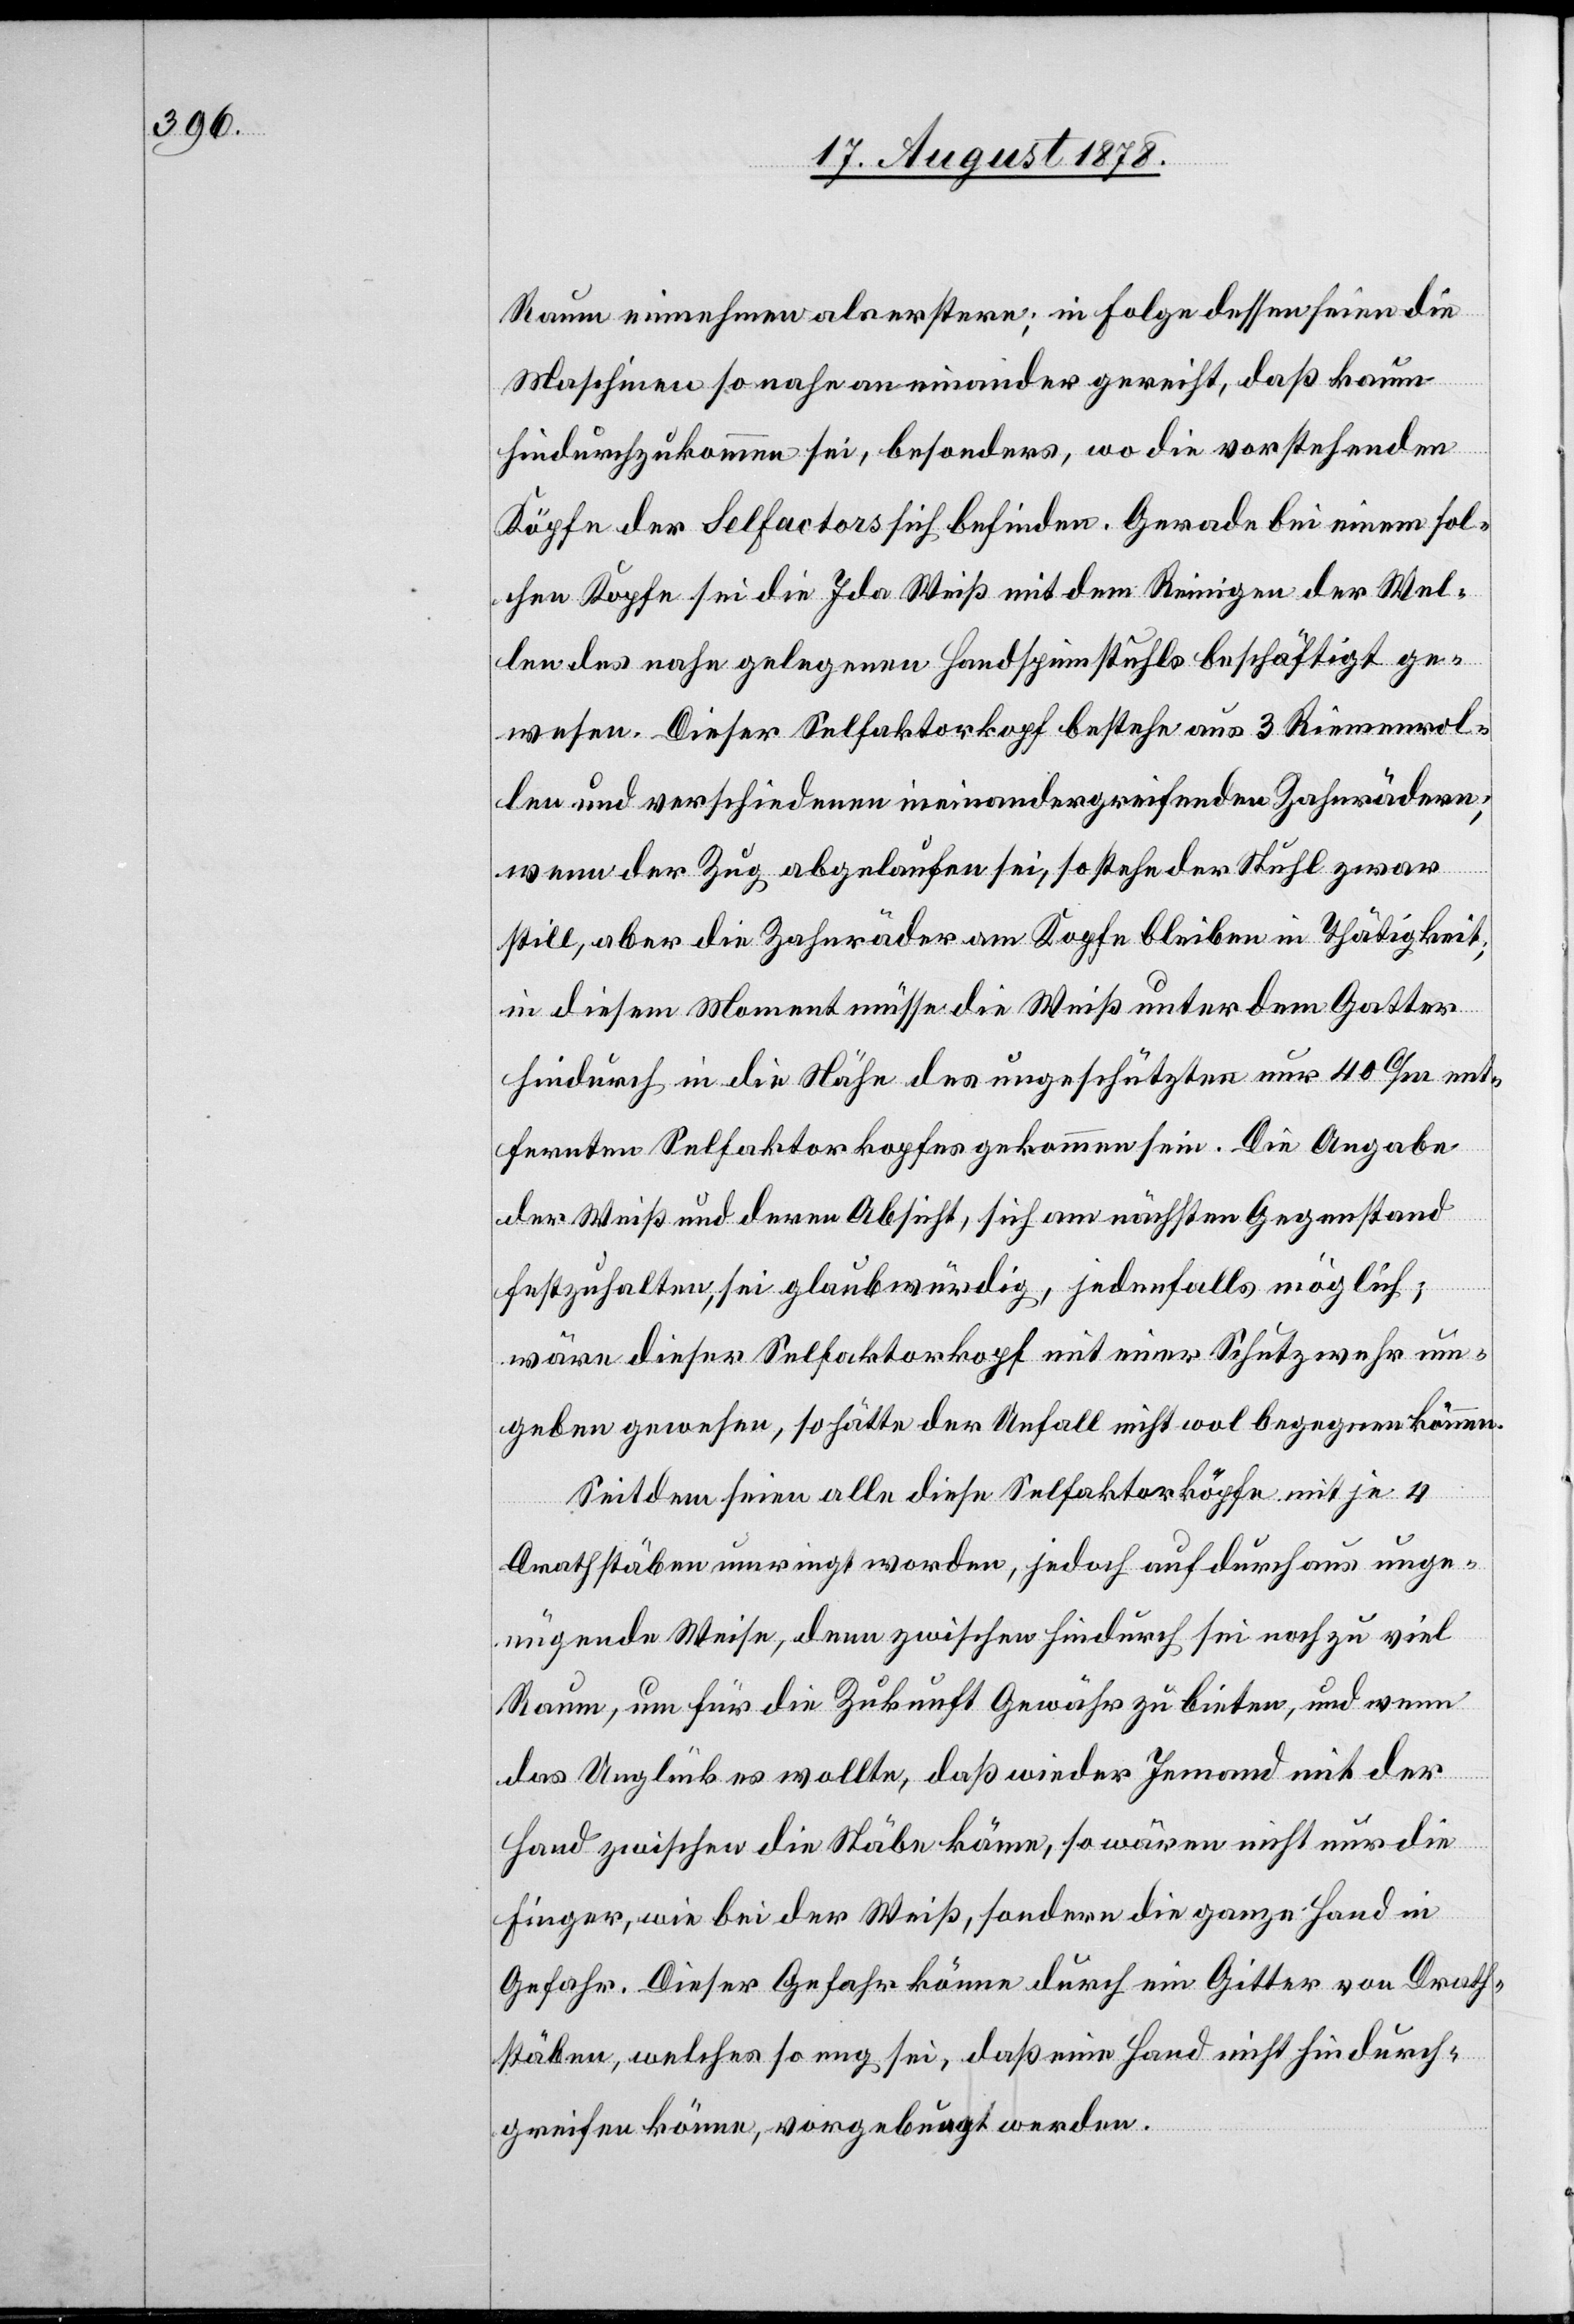
Raum einnehmen als erstere; in Folge dessen seien die
Maschinen so nahe an einander gereiht, daß kaum
hindurchzukommen sei, besonders, wo die vorstehenden
Köpfe der Selfactors sich befinden. Gerade bei einem sol¬
chen Kopfe sei die Ida Weiß mit dem Reinigen der Wel¬
len des nahe gelegenen Handspinnstuhls beschäftigt ge¬
wesen. Dieser Selfaktorkopf bestehe aus 3 Riemenrol¬
len und verschiedenen ineinandergreifenden Zahnrädern;
wenn der Zug abgelaufen sei, so stehe der Stuhl zwar
still, aber die Zahnräder am Kopfe bleiben in Thätigkeit;
in diesem Moment müsse die Weiß unter dem Gatter
hindurch in die Nähe des ungeschützten nur 40 c/m ent¬
fernten Selfaktorkopfes gekommen sei. Die Angabe
der Weiß und deren Absicht, sich am nächsten Gegenstand
festzuhalten, sei glaubwürdig, jedenfalls möglich;
wäre dieser Selfaktorkopf mit einer Schutzwehr um¬
geben gewesen, so hätte der Unfall nicht wol begegnen können.
Seitdem seien alle diese Selfaktorköpfe mit je 4
Drathstäben umringt worden, jedoch auf durchaus unge¬
nügende Weise, denn zwischen hindurch sei noch zu viel
Raum, um für die Zukunft Gewähr zu bieten, und wenn
das Unglück es wollte, daß wieder Jemand mit der
Hand zwischen die Stäbe käme, so wären nicht nur die
Finger, wie bei der Weiß, sondern die ganze Hand in
Gefahr. Dieser Gefahr könne durch ein Gitter von Drath¬
stäben, welches so eng sei, daß eine Hand nicht hindurch¬
greifen könne, vorgebeugt werden.